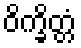
ဝိက္ခိတ္တံ